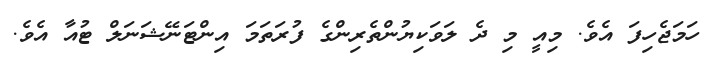
ހަމަޖެހިފަ އެވެ. މިއީ މި ދެ ލަވަކިޔުންތެރިންގެ ފުރަތަމަ އިންޓަނޭޝަނަލް ޓުއާ އެވެ.